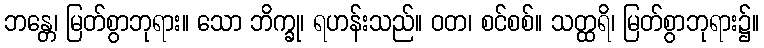
ဘန္တေ၊ မြတ်စွာဘုရား။ သော ဘိက္ခု၊ ရဟန်းသည်။ ဝတ၊ စင်စစ်။ သတ္ထရိ၊ မြတ်စွာဘုရား၌။